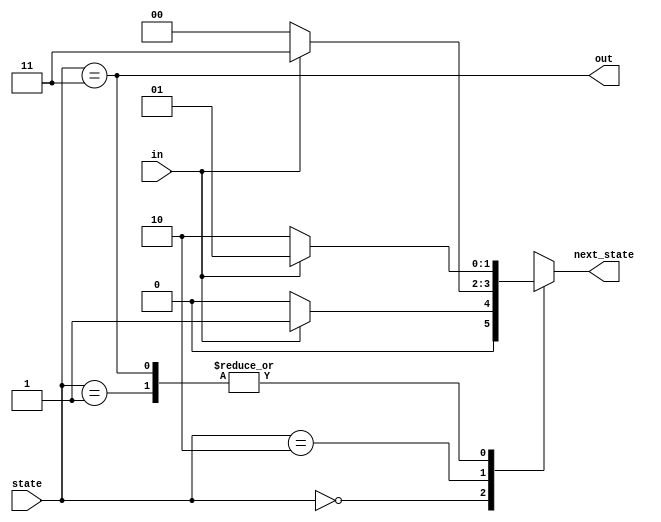
module top_module (
    input                   in          ,
    input       [1 : 0]     state       ,
    output      [1 : 0]     next_state  ,
    output                  out
);

    parameter   A = 2'b00,
                B = 2'b01,
                C = 2'b10,
                D = 2'b11;

    always @ (*) begin
        case (state)
            A : next_state = in ? B : A;
            B : next_state = in ? B : C;
            C : next_state = in ? D : A;
            D : next_state = in ? B : C;
        endcase
    end

    assign out = (state == D);

endmodule